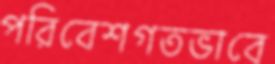
পরিবেশগতভাবে